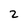
Character: 2